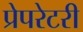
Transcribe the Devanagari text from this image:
प्रेपरेटरी